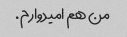
من هم امیدوارم.